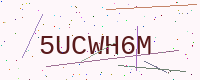
Text: 5UCWH6M